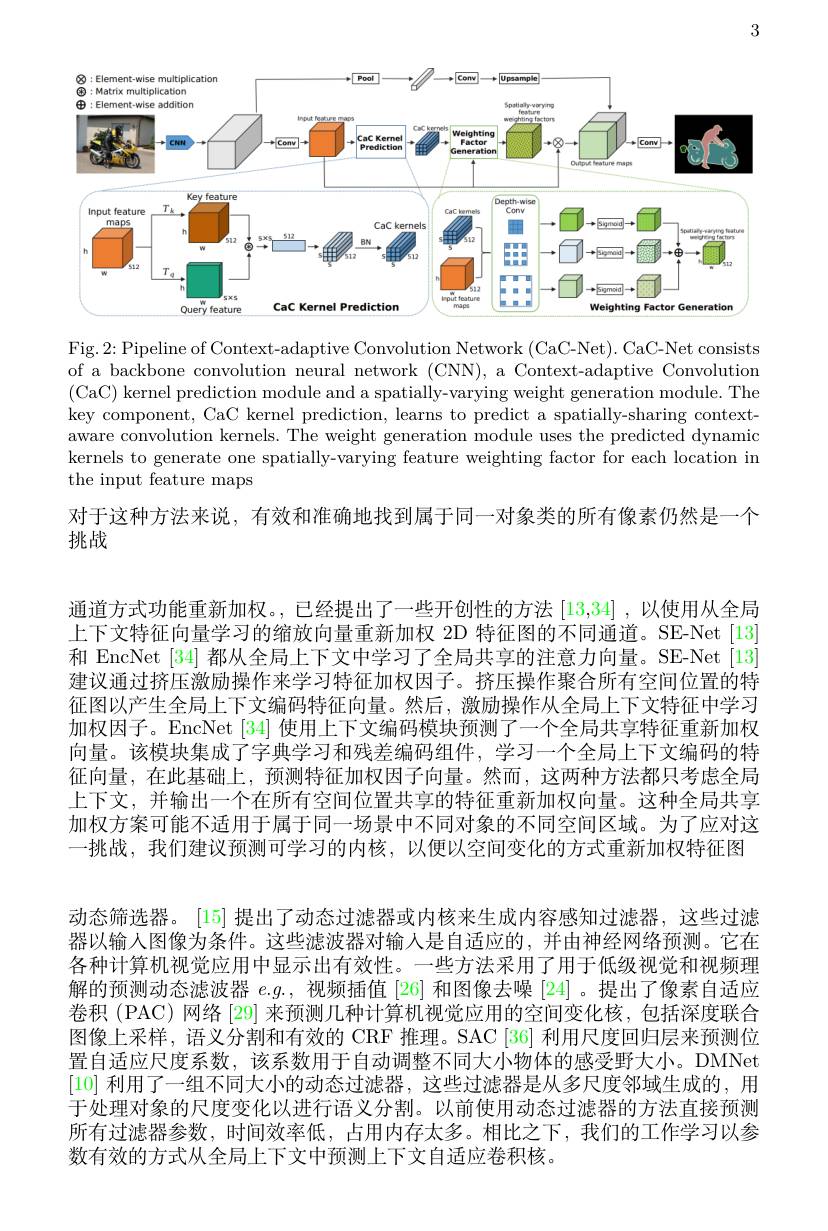
3

<FigureHere>

Fig. 2: Pipeline of Context-adaptive Convolution Network (CaC-Net). CaC-Net consists of a backbone convolution neural network (CNN), a Context-adaptive Convolution (CaC) kernel prediction module and a spatially-varying weight generation module. The key component, CaC kernel prediction, learns to predict a spatially-sharing contextaware convolution kernels. The weight generation module uses the predicted dynamic kernels to generate one spatially-varying feature weighting factor for each location in the input feature maps

对于这种方法来说，有效和准确地找到属于同一对象类的所有像素仍然是一个

挑战

通道方式功能重新加权。,已经提出了一些开创性的方法 [13,34] ,以使用从全局上下文特征向量学习的缩放向量重新加权 2D 特征图的不同通道。SE-Net [13] 和 EncNet [34] 都从全局上下文中学习了全局共享的注意力向量。SE-Net[13] 建议通过挤压激励操作来学习特征加权因子。挤压操作聚合所有空间位置的特征图以产生全局上下文编码特征向量。然后，激励操作从全局上下文特征中学习加权因子。EncNet [34]使用上下文编码模块预测了一个全局共享特征重新加权向量。该模块集成了字典学习和残差编码组件，学习一个全局上下文编码的特征向量，在此暴础上，预测特征加权因于向量。然而，这两种方法都只考虑全局上下文，并输出一个在所有空间位置共享的特征重新加权向量。这种全局共享加权方案可能不适用于属于同一场景中不同对象的不同空间区域。为了应对这一挑战，我们建议预测可学习的内核，以便以空间变化的方式重新加权特征图动态筛选器。[15] 提出了动态过滤器或内核来生成内容感知过滤器，这些过滤器以输入图像为条件。这些滤波器对输人是自适应的，并由神经网络预测。它在各种计算机视觉应用中显示出有效性。一些方法采用了用于低级视觉和视频理解的预测动态滤波器$e.g.$,视频插值[26] 和图像去噪[24]。提出了像素自适应卷积 (PAC) 网络 [29] 来预测几种计算机视觉应用的空间变化核，包括深度联合图像上采样，语义分割和有效的 CRF 推理。SAC[36] 利用尺度回归层来预测位置自适应尺度系数，该系数用于自动调整不同大小物体的感受野大小。DMNet [10]利用了一组不同大小的动态过滤器，这些过滤器是从多尺度邻域生成的，用于处理对象的尺度变化以进行语义分割。以前使用动态过滤器的方法直接预测所有过滤器参数，时间效率低，占用内存太多。相比之下，我们的工作学习以参数有效的方式从全局上下文中预测上下文自适应卷积核。